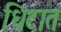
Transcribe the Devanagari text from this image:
धिटात